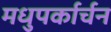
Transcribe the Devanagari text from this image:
मधुपर्कार्चन